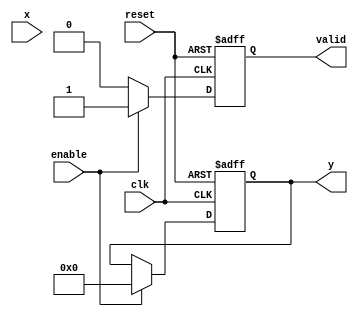
module atan(
    input          clk,
    input          reset,
    input          enable,
    input   [15:0] x,        // Input data (fixed-point representation)
    output reg [15:0] y,     // Output data (angle in radians, fixed-point)
    output reg       valid    // Valid signal
);

    // Define LUT size and parameters
    localparam LUT_SIZE = 256;     // Number of entries in the LUT
    localparam LUT_WIDTH = 8;       // Width of LUT index
    reg [15:0] atan_lut [0:LUT_SIZE-1]; // Lookup table for atan

    // Initialize the lookup table with pre-computed atan values
    initial begin
        // Populate the LUT with atan values normalized to 16 bits
        // Example: atan_lut[i] = fixed_point_representation_of(atan(i/LUT_SIZE*pi))
        // You need to fill this table with actual atan values.
    end

    reg [LUT_WIDTH-1:0] index;      // LUT index
    reg [15:0] y_lower, y_upper;     // Lower and upper results from LUT
    reg [LUT_WIDTH-1:0] fractional;   // Fractional part for interpolation

    always @(posedge clk or posedge reset) begin
        if (reset) begin
            y <= 16'b0;
            valid <= 1'b0;
        end else if (enable) begin
            // Normalize input x to fit the LUT range
            if (x < 16'b0) begin
                index <= -x; // Handle negative input
            end else begin
                index <= x;
            end

            // Ensure index is within LUT range
            if (index >= LUT_SIZE) begin
                index <= LUT_SIZE - 1; // Saturation
            end
            
            // Get lower and upper values from LUT
            y_lower <= atan_lut[index];
            if (index < LUT_SIZE - 1) begin
                y_upper <= atan_lut[index + 1];
                fractional <= (x - index) * 16'hFFFF / (index + 1 - index); // Simple fixed-point fraction
            end else begin
                y_upper <= atan_lut[index]; // Last element case
                fractional <= 16'h0;
            end
            
            // Linear interpolation
            y <= y_lower + ((y_upper - y_lower) * fractional) >> 16;

            // Indicate that output is valid
            valid <= 1'b1;
        end else begin
            valid <= 1'b0; // Reset valid signal when not enabled
        end
    end

endmodule